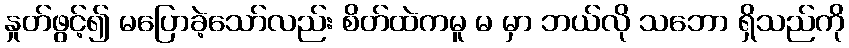
နှုတ်ဖွင့်၍ မပြောခဲ့သော်လည်း စိတ်ထဲကမူ မ မှာ ဘယ်လို သဘော ရှိသည်ကို